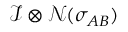
\mathcal { I } \otimes \mathcal { N } ( \sigma _ { A B } )